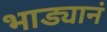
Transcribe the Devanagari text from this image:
भाड्यानं